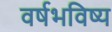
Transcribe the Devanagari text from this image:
वर्षभविष्य